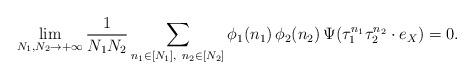
LaTeX: \begin{align*}\lim_{N_1,N_2\to+\infty}\frac 1{N_1N_2}\sum_{n_1\in[N_1],\ n_2\in[N_2]}\phi_1(n_1)\, \phi_2(n_2)\,\Psi(\tau_1^{n_1}\tau_2^{n_2}\cdot e_X)=0.\end{align*}